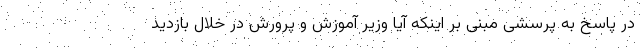
در پاسخ به پرسشی مبنی بر اینکه آیا وزیر آموزش و پرورش در خلال بازدید